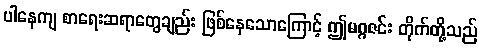
ပါနေကျ စာရေးဆရာတွေချည်း ဖြစ်နေသောကြောင့် ဤမဂ္ဂဇင်း တိုက်တို့သည်